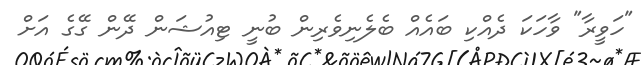
"ހަވީރާ" ވާހަކަ ދެއްކި ބައެއް ބެލެނިވެރިން ބުނީ ޓިއުޝަން ދޭން ގޭގެ އަށް